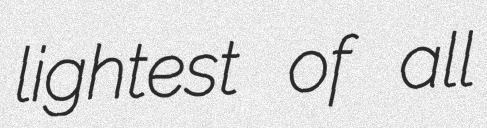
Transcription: lightest of all